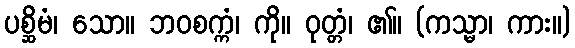
ပစ္ဆိမံ၊ သော။ ဘဝစက္ကံ၊ ကို။ ဝုတ္တံ၊ ၏။ (ကသ္မာ၊ ကား။)